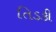
તિડકી